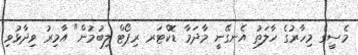
މެސީގެ މިހާރުގެ ހާލަތު އެނގޭނީ މާދަމާ ޑޮކްޓަރ ރިޕޯޓް ލިބުމުން" އާމިރު ވިދާޅުވި